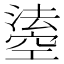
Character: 𤀢